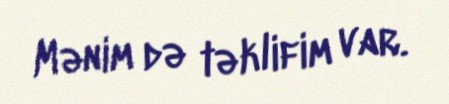
Mənim də təklifim var.